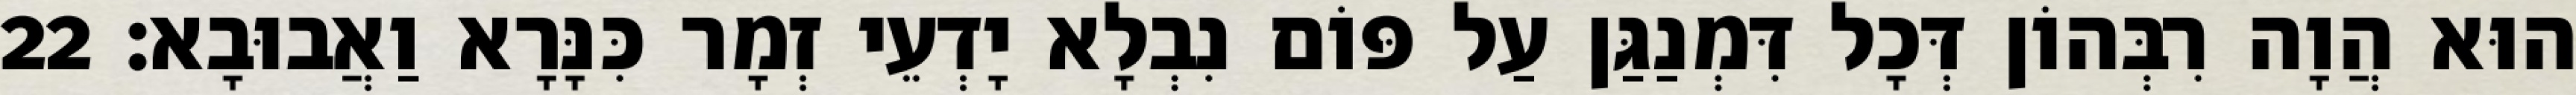
הוּא הֲוָה רִבְּהוֹן דְּכָל דִּמְנַגַּן עַל פּוֹם נִבְלָא יָדְעֵי זְמָר כִּנָּרָא וַאֲבוּבָא׃ 22